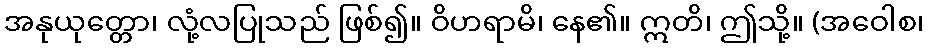
အနုယုတ္တော၊ လုံ့လပြုသည် ဖြစ်၍။ ဝိဟရာမိ၊ နေ၏။ ဣတိ၊ ဤသို့။ (အဝေါစ၊